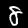
Digit: 8